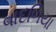
વાદળિયા